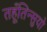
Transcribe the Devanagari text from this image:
तहूँतिन्सुयो